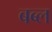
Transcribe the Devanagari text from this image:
बब्ल